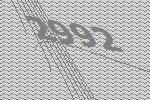
2992